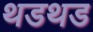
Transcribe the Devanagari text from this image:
थडथड